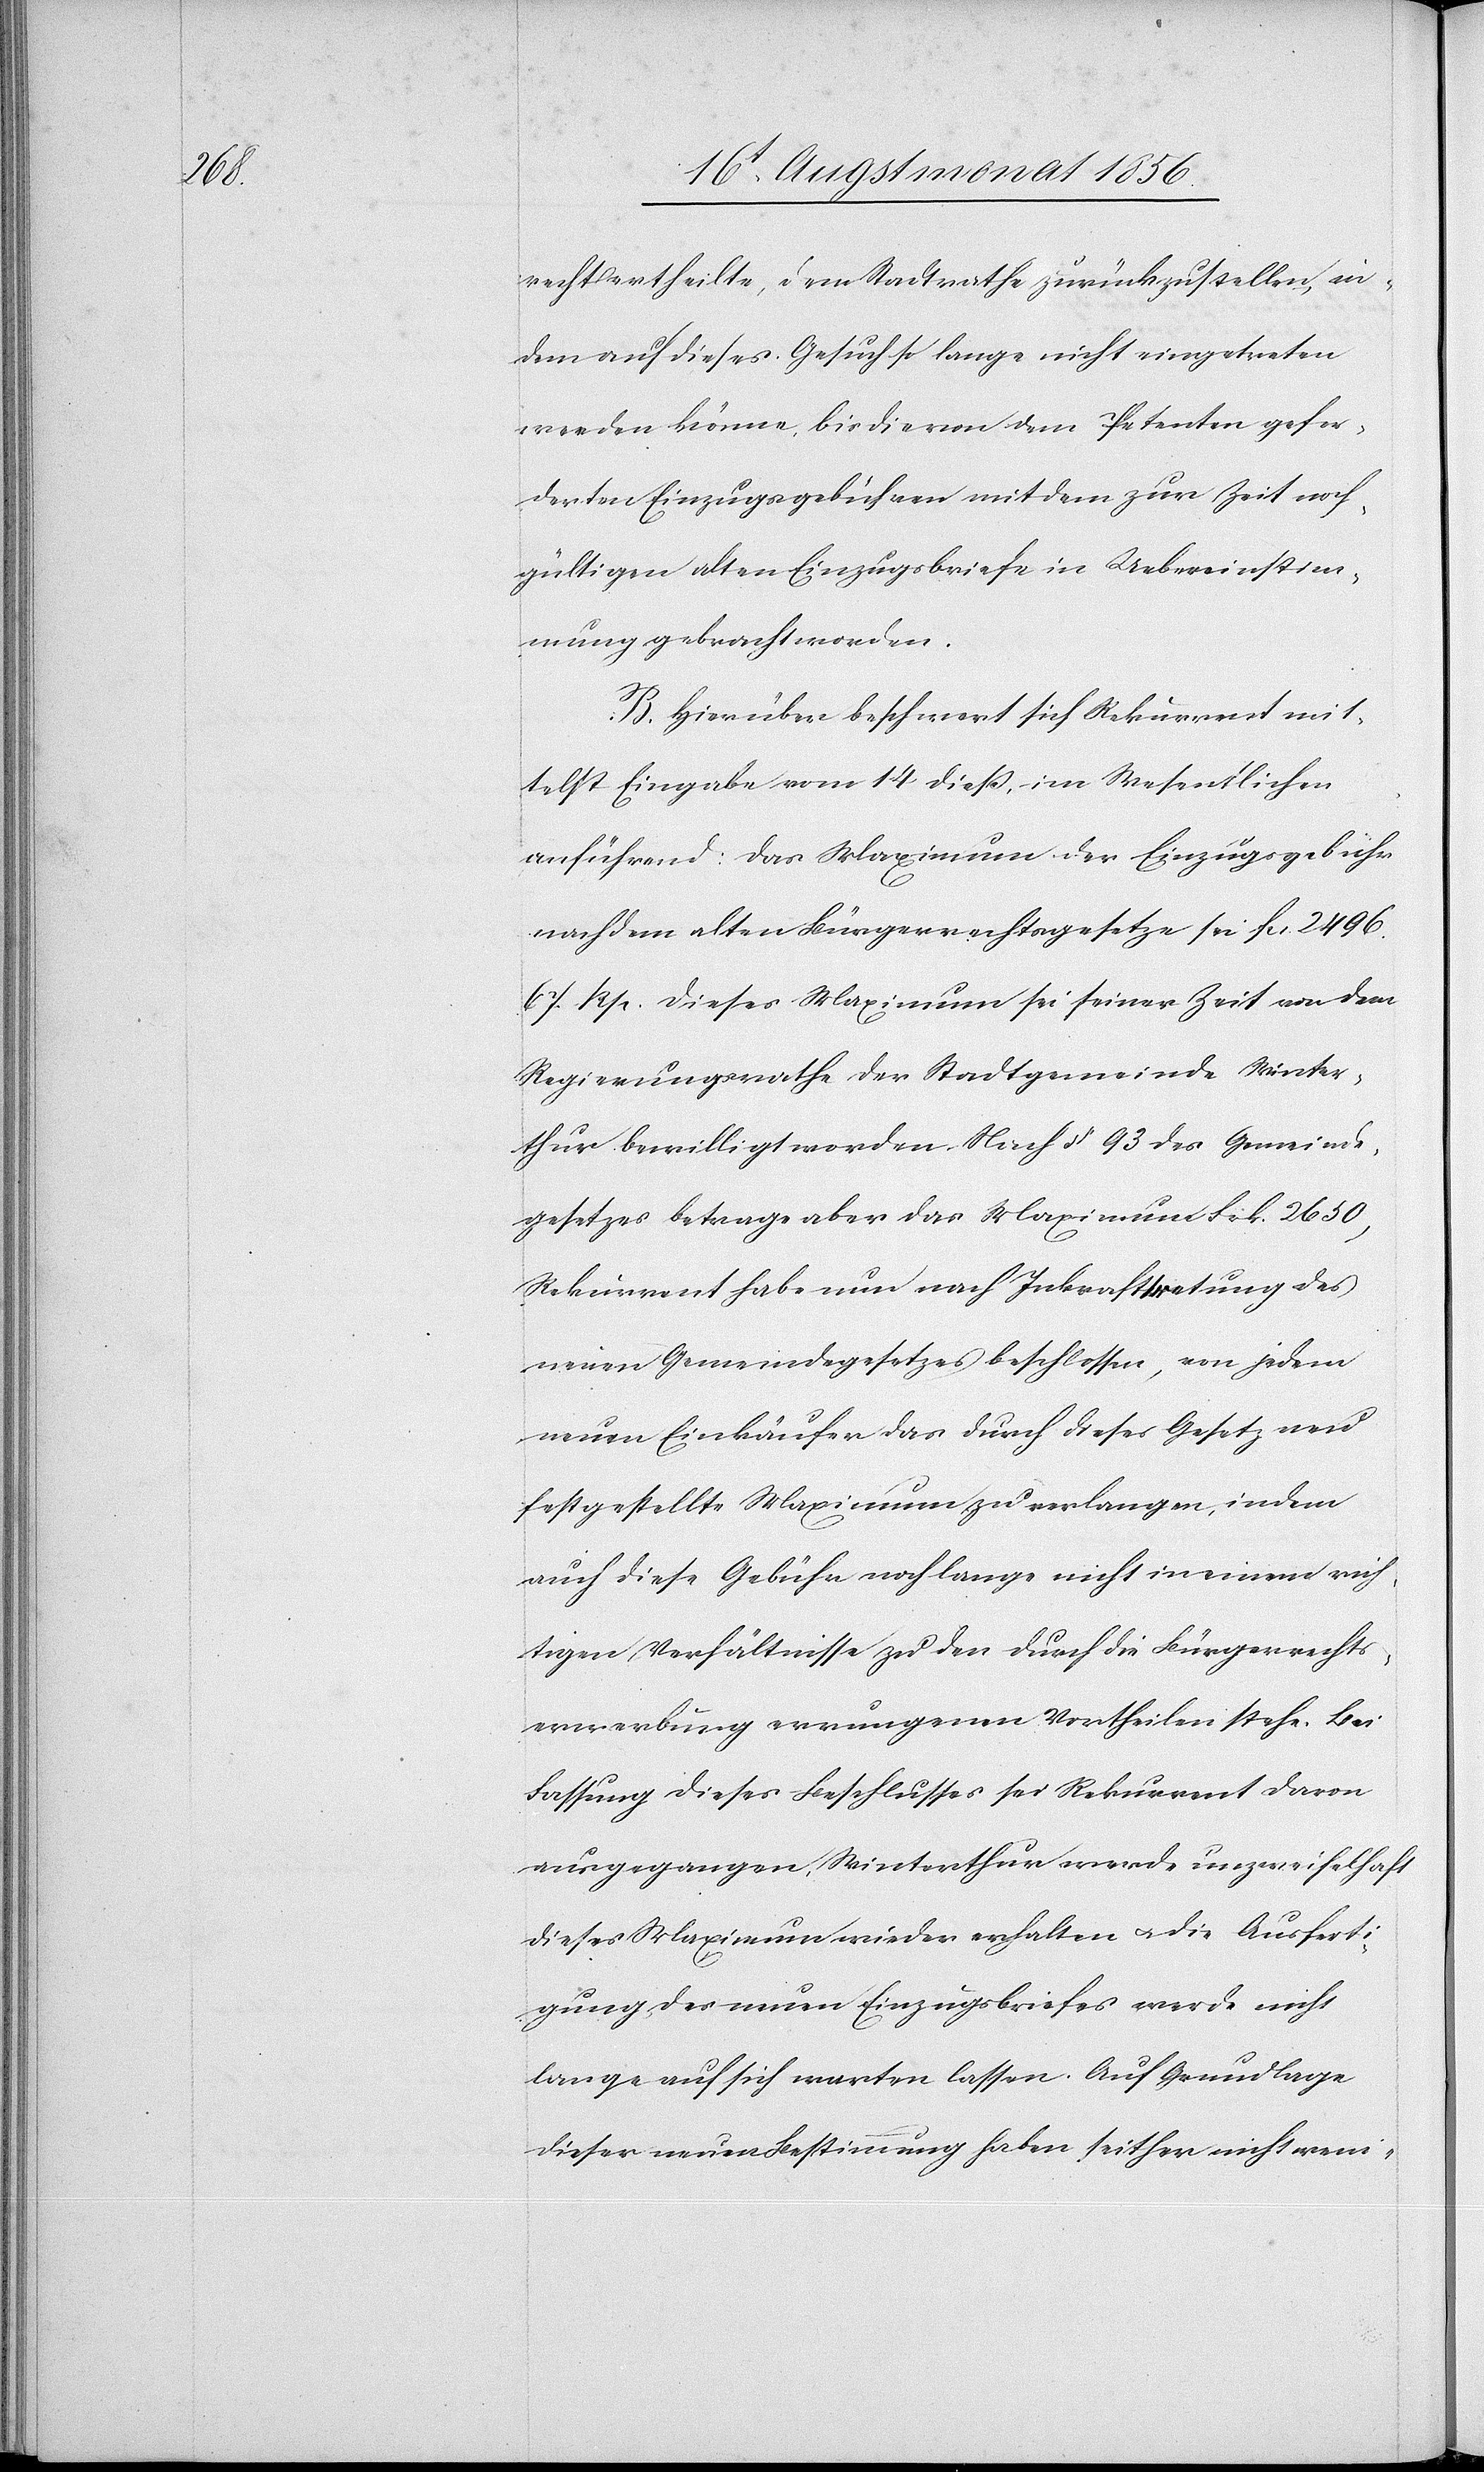
recht ertheilte, dem Stadtrathe zurückzustellen, in¬
dem auf dieses Gesuch so lange nicht eingetreten
werden könne, bis die von dem Petenten gefor¬
derten Einzugsgebühren mit dem zur Zeit noch¬
gültigen alten Einzugsbriefe in Uebereinstim¬
mung gebracht werden.
B. Hierüber beschwert sich Rekurrent mit¬
telst Eingabe vom 14 dieß, im Wesentlichen
anführend: Das Maximum der Einzugsgebühr
nach dem alten Bürgerrechtsgesetze sei fcs. 2496.
67. Rp. Dieses Maximum sei seiner Zeit von dem
Regierungsrathe der Stadtgemeinde Winter¬
thur bewilligt worden. Nach § 93 des Gemeinde¬
gesetzes betrage aber das Maximum Frk. 2650,
Rekurrent habe nun nach Inkrafttretung des
neuen Gemeindegesetzes beschlossen, von jedem
neuen Einkäufer das durch dieses Gesetz neu
festgestellte Maximum zu verlangen, indem
auch diese Gebühr noch lange nicht in einem rich¬
tigen Verhältnisse zu den durch die Bürgerrechts¬
erwerbung errungenen Vortheilen stehe. Bei
Fassung dieses Beschlusses sei Rekurrent davon
ausgegangen, Winterthur werde unzweifelhaft
dieses Maximum wieder erhalten u. die Ausferti¬
gung des neuen Einzugsbriefes werde nicht
lange auf sich warten lassen. Auf Grundlage
dieser neuen Bestimmung haben seither nicht weni-